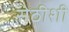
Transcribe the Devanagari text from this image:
सेठीशी